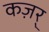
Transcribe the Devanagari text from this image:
कज़र्